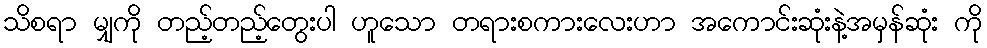
သိစရာ မျှကို တည့်တည့်တွေးပါ ဟူသော တရားစကားလေးဟာ အကောင်းဆုံးနဲ့အမှန်ဆုံး ကို